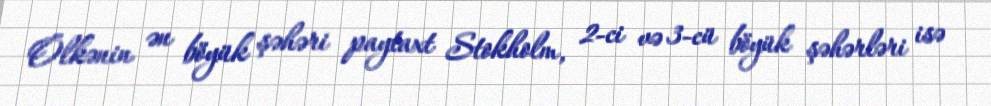
Ölkənin ən böyük şəhəri paytaxt Stokholm, 2-ci və 3-cü böyük şəhərləri isə